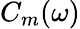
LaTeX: C_{m}(\omega)